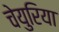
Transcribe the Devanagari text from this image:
चेयुरिया